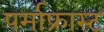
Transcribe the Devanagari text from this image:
पर्माफ्रास्ट